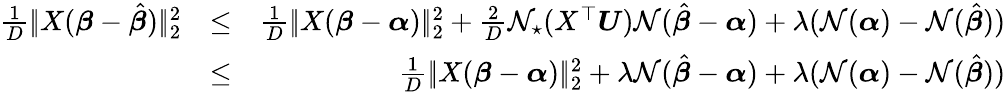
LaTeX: \begin{array}{rlr}{\frac 1D|\! |X(\boldsymbol{\beta}-\hat{\boldsymbol{\beta}})|\! |_{2}^{2}}&{\leq}&{\frac 1D|\! |X(\boldsymbol{\beta}-\boldsymbol{\alpha})|\! |_{2}^{2}+\frac 2D\mathcal N_{\star}(X^{\top}\boldsymbol{U})\mathcal N(\hat{\boldsymbol{\beta}}-\boldsymbol{\alpha})+\lambda(\mathcal N({\boldsymbol{\alpha}})-\mathcal N(\hat{\boldsymbol{\beta}}))}\\ &{\leq}&{\frac 1D|\! |X(\boldsymbol{\beta}-\boldsymbol{\alpha})|\! |_{2}^{2}+\lambda\mathcal N(\hat{\boldsymbol{\beta}}-{\boldsymbol{\alpha}})+\lambda(\mathcal N({\boldsymbol{\alpha}})-\mathcal N(\hat{\boldsymbol{\beta}}))}\end{array}